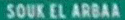
SOUKELARBAA